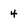
Character: 4